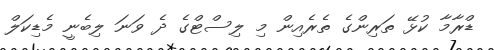
ޑްރާމާ ކުޅޭ ތަރިންގެ ތެރެއިން މި ލިސްޓްގެ ދެ ވަނަ ލިބެނީ މެޑިކަލް